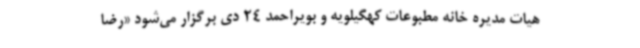
هیات مدیره خانه مطبوعات کهگیلویه و بویراحمد 24 دی برگزار می‌شود «رضا